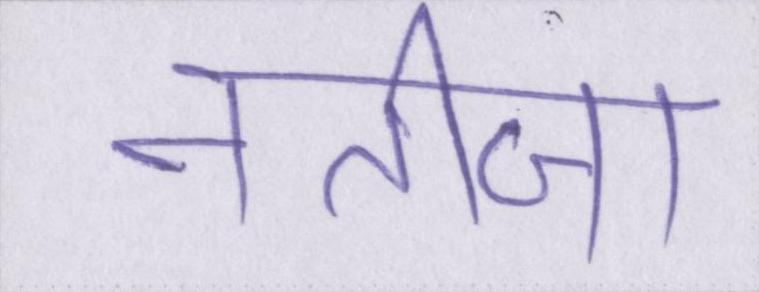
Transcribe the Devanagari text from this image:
नतीजा